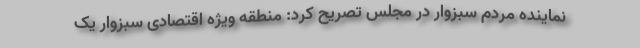
نماینده مردم سبزوار در مجلس تصریح کرد: منطقه ویژه اقتصادی سبزوار یک